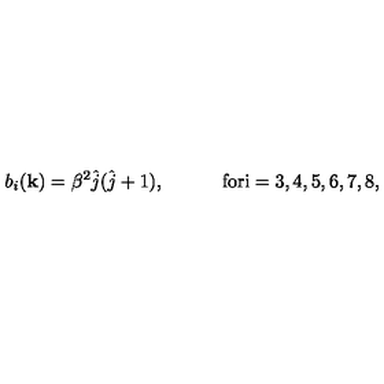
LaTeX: b _ { i } ( { \bf k } ) = \beta ^ { 2 } \hat { j } ( \hat { j } + 1 ) , \quad \quad \quad \mathrm { f o r i = 3 , 4 , 5 , 6 , 7 , 8 } ,